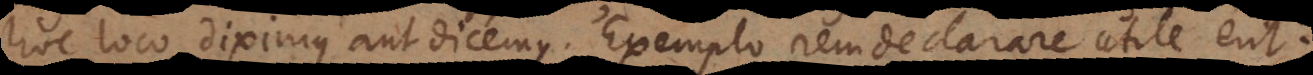
hoc loco diximus aut dicemus. Exemplo rem declarare utile erit: